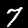
Label: 7